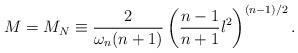
LaTeX: \begin{align*}M= M_N \equiv \frac{2}{\omega_n (n+1)}\left(\frac{n-1}{n+1}l^2\right)^{(n-1)/2}.\end{align*}